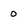
Character: 0